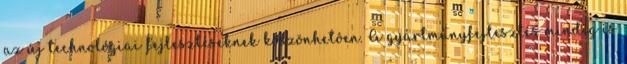
az új technológiai fejlesztéseknek köszönhetôen. A gyártmányfejlesztés mindig is